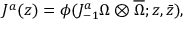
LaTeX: J ^ { a } ( z ) = \phi ( J _ { - 1 } ^ { a } \Omega \otimes \overline { { { \Omega } } } ; z , \bar { z } ) ,